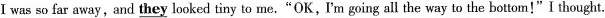
I was so far away,and they looked tiny to me.“OK,I'm going all the way to the bottom!"I thought.